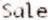
SALE